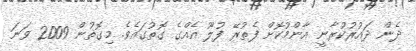
ދެން ދައުރުކުރާނީ އާންމުކޮށް ފެތުރޭ ފުލޫ އެއްގެ ގޮތުގައެވެ. މިގޮތުން 2009 ވަނަ